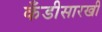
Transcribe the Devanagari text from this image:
कँडीसारखी